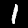
Digit: 1